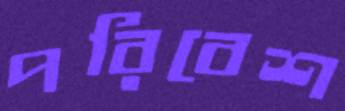
পরিবেশ